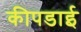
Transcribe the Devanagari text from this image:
कीपडाई